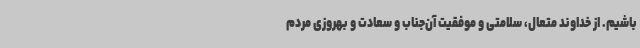
باشیم. از خداوند متعال، سلامتی و موفقیت آن‌جناب و سعادت و بهروزی مردم